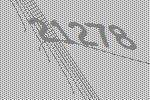
21278